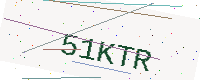
Text: 51KTR